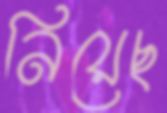
নিয়েছ